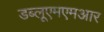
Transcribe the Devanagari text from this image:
डब्लूएमएमआर